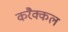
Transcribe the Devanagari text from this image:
करैक्कल